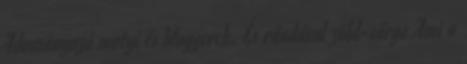
Adományozó motyi és bloggerek. És ráadásul zöld-sárga Ami a